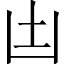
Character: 凷